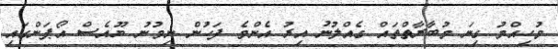
މުހިއްމު ގިނަ މުބާރާތްތައް ގެއްލުނު އިރު އެންމެ ފަހުން ނިމުނު ޔޫއެސް އޯޕަންގައި